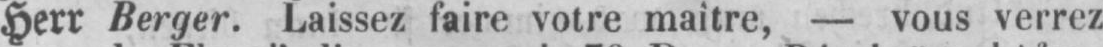
Herr Berger. Laissez faire votre maître, - vous verrez